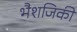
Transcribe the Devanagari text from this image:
भैशजिकी